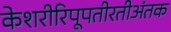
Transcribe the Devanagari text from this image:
केशरीरिपूपतीरतीअंतक